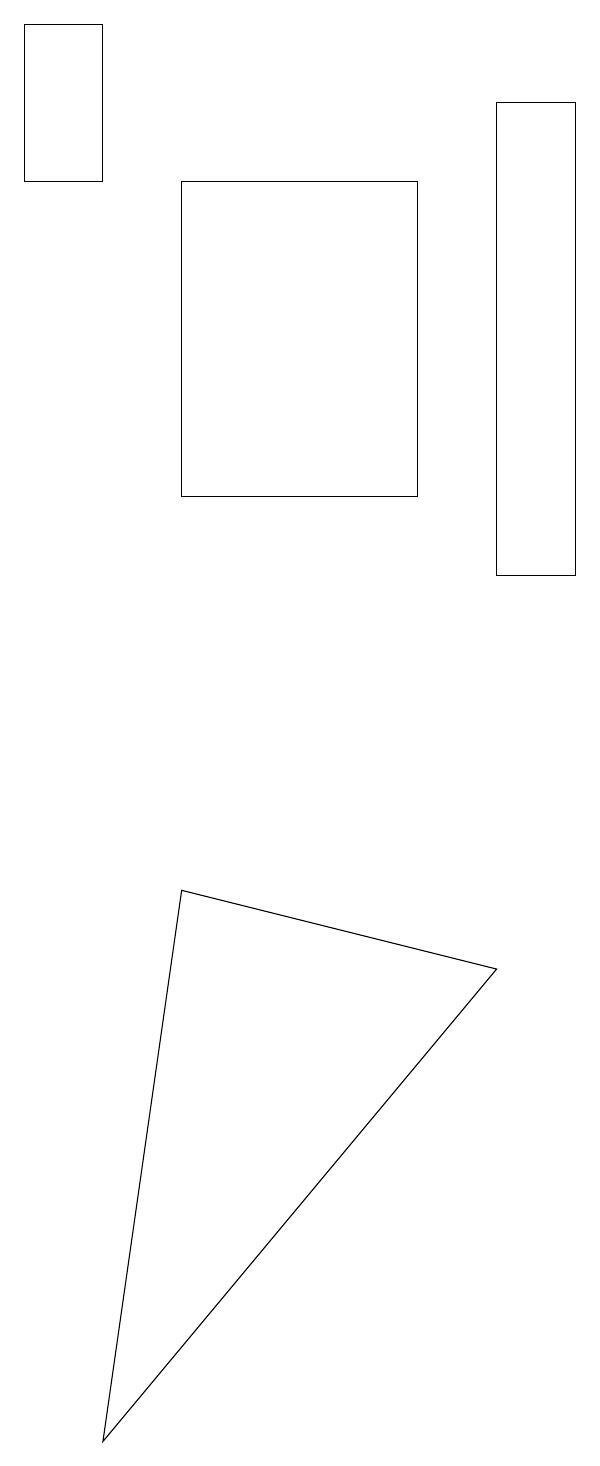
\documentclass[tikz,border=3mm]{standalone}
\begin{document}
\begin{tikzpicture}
\draw (7,12) rectangle (8,18);
\draw (3,17) rectangle (6,13);
\draw (2,17) rectangle (1,19);
\draw (3,8) -- (7,7) -- (2,1) -- cycle;
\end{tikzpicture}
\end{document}